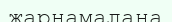
жарнамалана